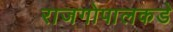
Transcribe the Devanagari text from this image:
राजगोपालकडे